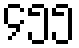
၄၅၅